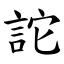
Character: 詑